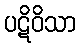
ပဋိဝိသာ